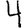
Digit: 4